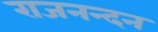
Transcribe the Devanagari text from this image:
राजनन्दन